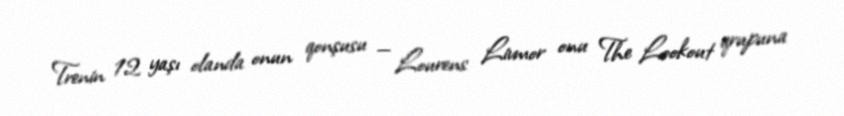
Trenin 12 yaşı olanda onun qonşusu — Lourens Livmor onu The Lookout qrupuna